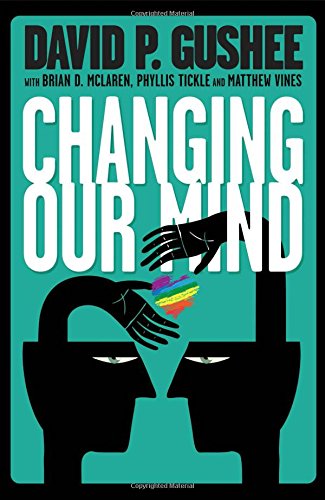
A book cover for Changing Our Mind; David P Gushee; Gay & Lesbian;